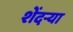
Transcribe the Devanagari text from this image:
शेंदऱ्या